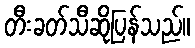
တီးခတ်သီဆိုပြန်သည်။